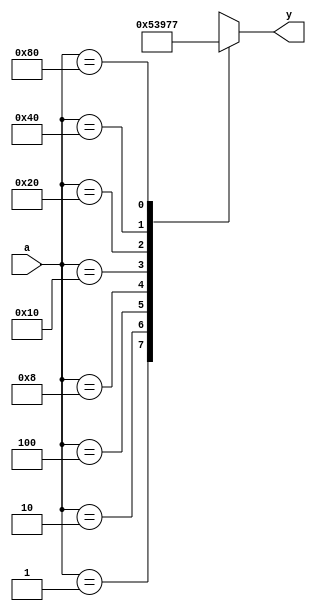
module encoder(a,y);
	input [7:0]a;
	output reg [2:0]y;
	always @(a)
	begin
		case(a)
		8'b00000001: y=3'b000;
		8'b00000010: y=3'b001;
		8'b00000100: y=3'b010;
		8'b00001000: y=3'b011;
		8'b00010000: y=3'b100;
		8'b00100000: y=3'b101;
		8'b01000000: y=3'b110;
		8'b10000000: y=3'b111;
		default: y=3'bxxx;
		endcase
	end
endmodule